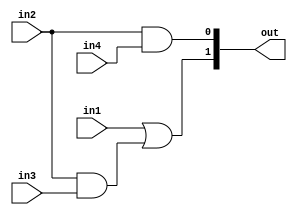
module PrefixOperator1(out,in1,in2,in3,in4);

input in1,in2,in3,in4;
output [1:0]out;

assign out[0] = in2 & in4;
assign out[1] = in1 | (in2 & in3);

endmodule